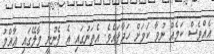
އެއްވެސް ކަމެއް ނުވާ ކަމަށް ހަދާފައެވެ. އެތަނުގައި އެ ފެނުނީ މާލޭގައި ޢާއްމު